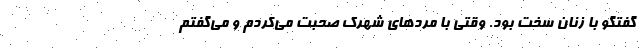
گفتگو با زنان سخت بود. وقتی با مرد‌های شهرک صحبت می‌کردم و می‌گفتم